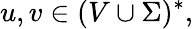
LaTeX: u,v\in(V\cup\Sigma)^{*},